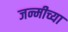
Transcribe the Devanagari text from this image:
जन्मीच्या